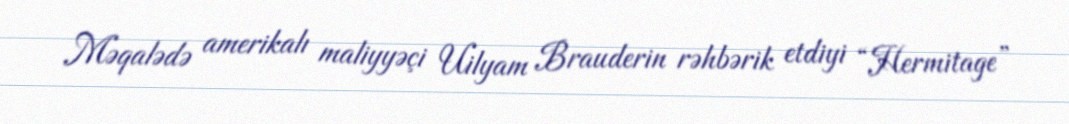
Məqalədə amerikalı maliyyəçi Uilyam Brauderin rəhbərik etdiyi “Hermitage”